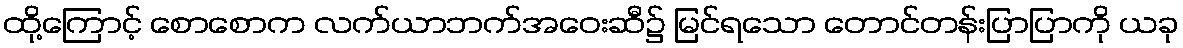
ထို့ကြောင့် စောစောက လက်ယာဘက်အဝေးဆီ၌ မြင်ရသော တောင်တန်းပြာပြာကို ယခု